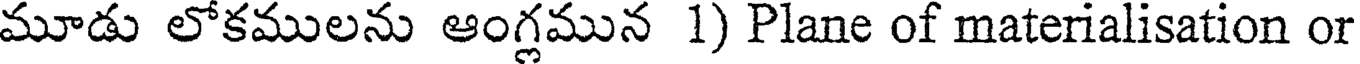
మూడు లోకములను ఆంగ్లమున 1) Plane of materialisation or